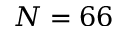
N = 6 6